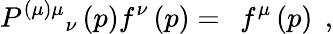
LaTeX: P^{(\mu)\mu}{}_{\nu}\left(p\right)f^{\nu}\left(p\right)=\; \, f^{\mu}\left(p\right)\; \, ,